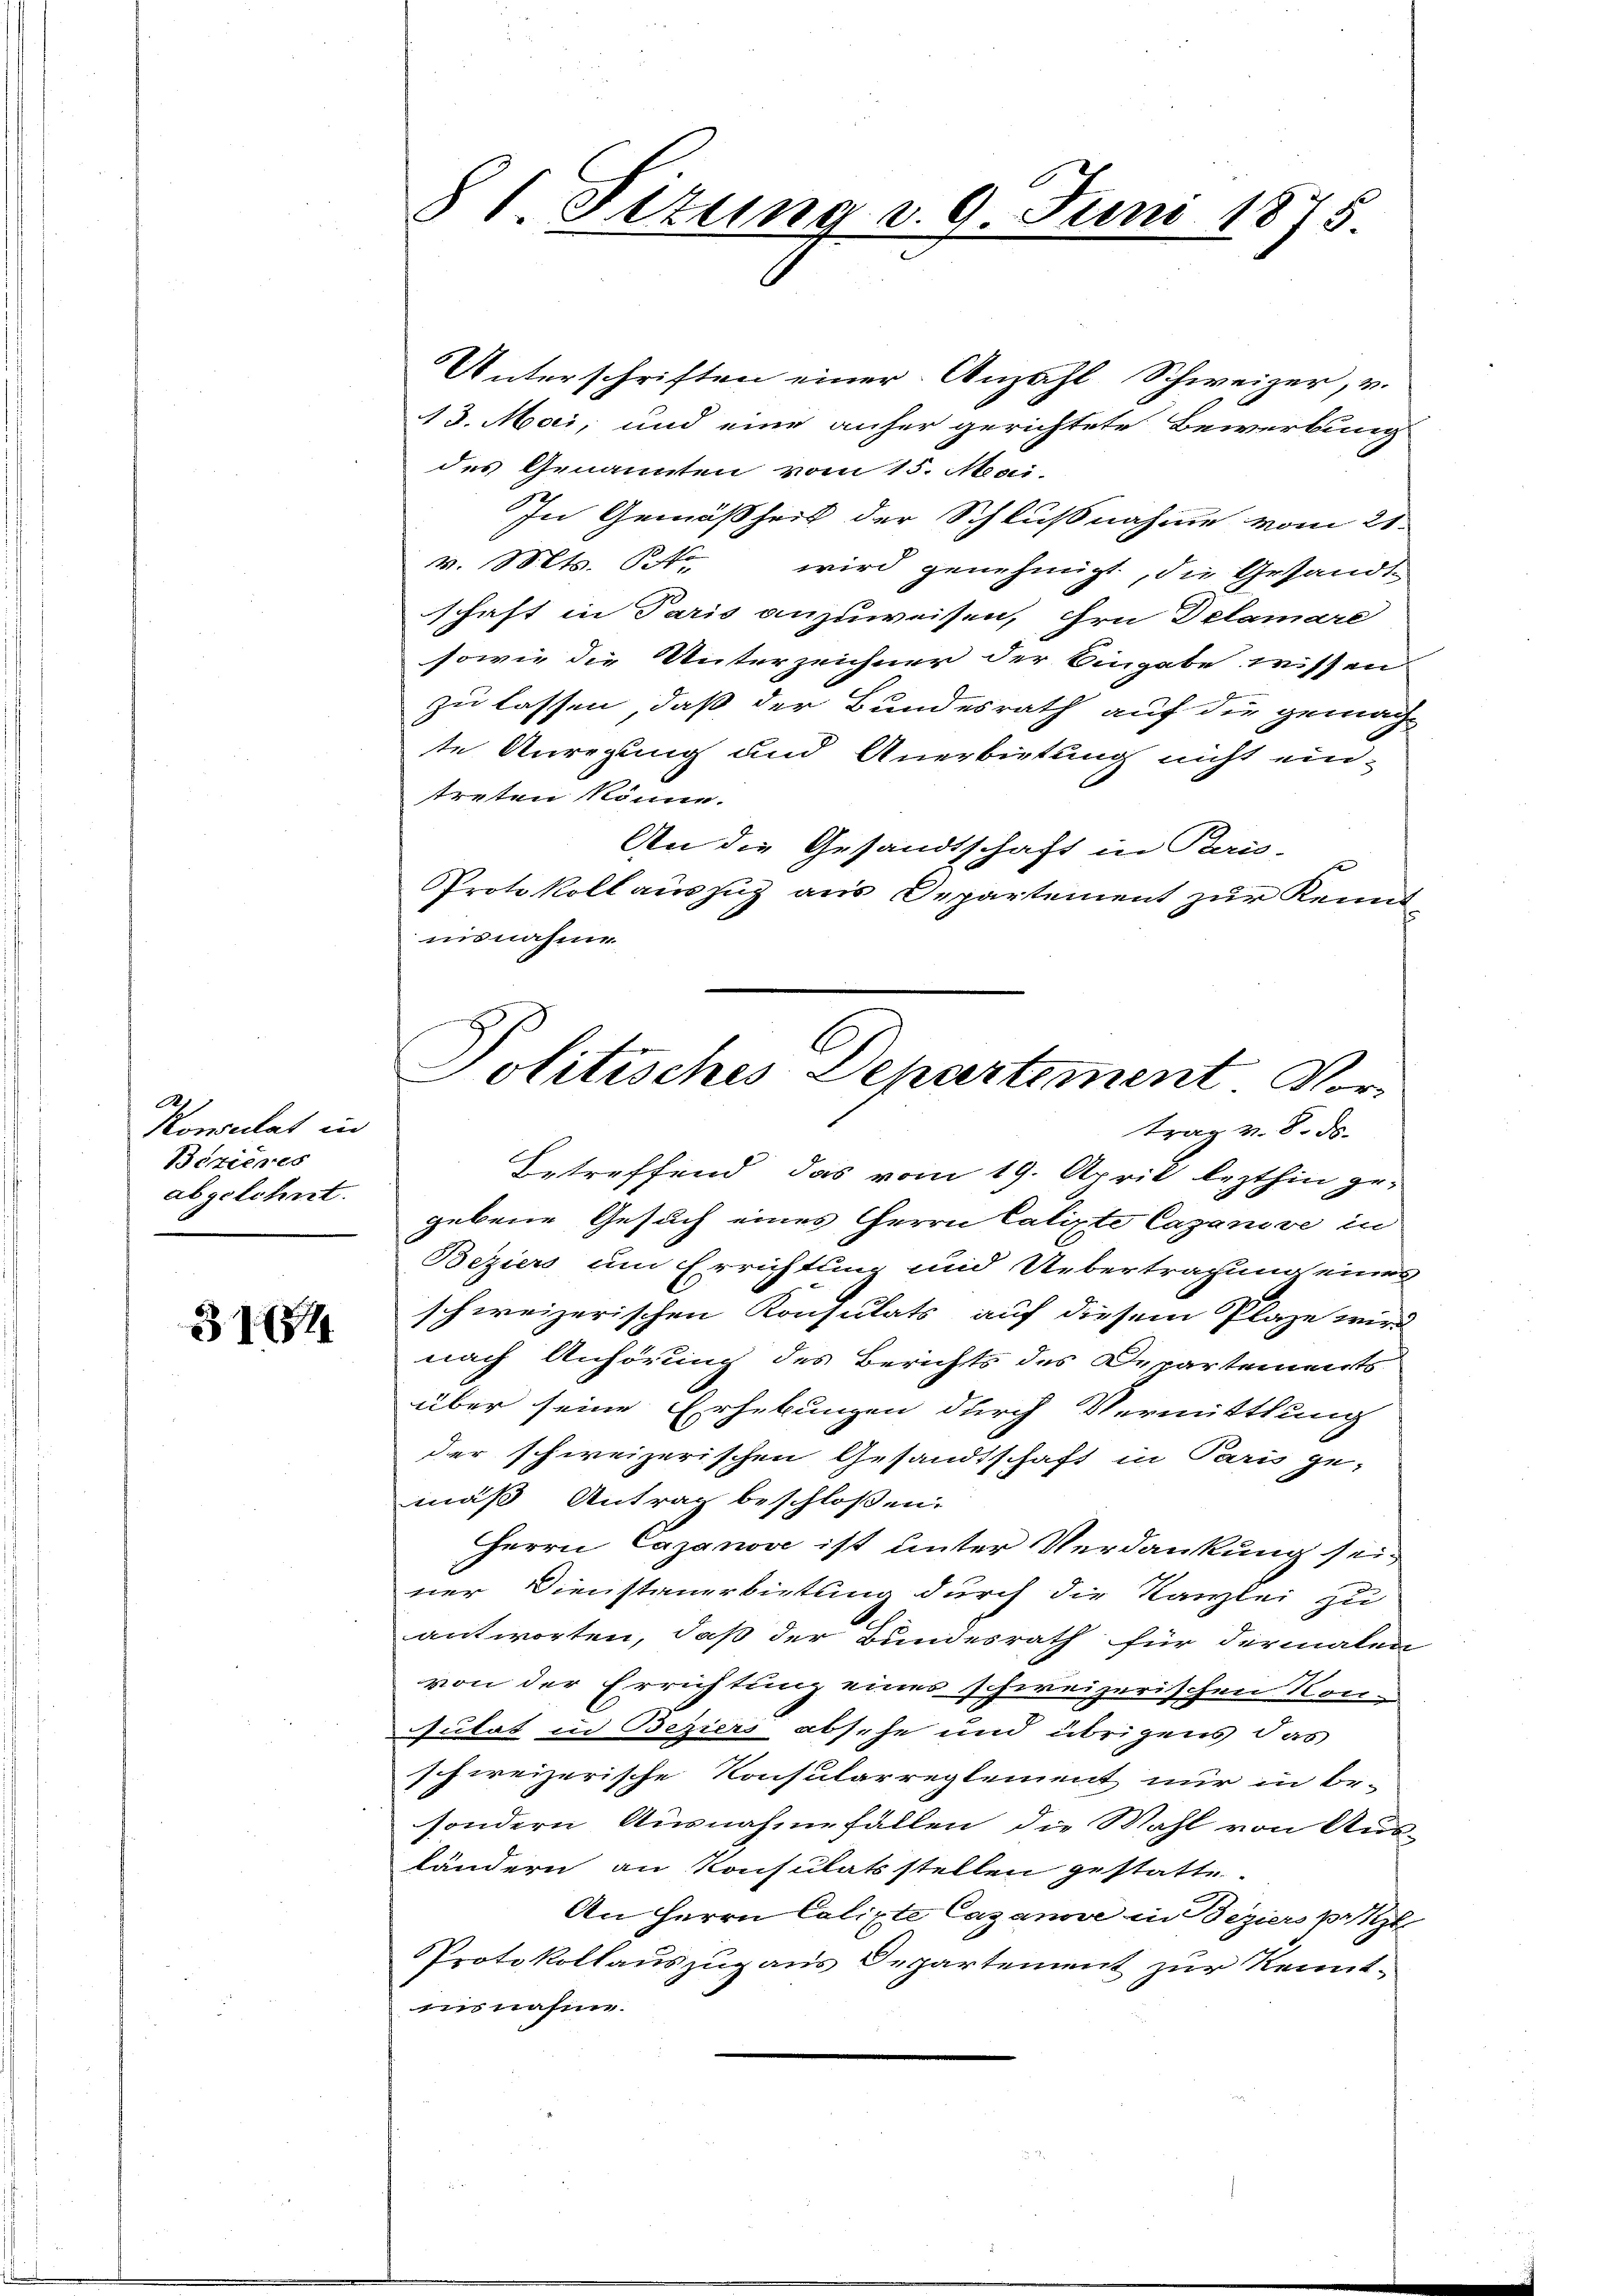
1
Konsulat in
Bekieses
abgelehnt.

31

§ 1. Setung d. 9. Juni 1875

Unterschriften einer Anzahl Schweizer, v.
13. Mai, und eine anher gerichtete Bewerbung
des Genannten vom 15. Mai.
In Gemäßheit der Schlußnahme vom 21.
v. Mts. Petr. wird genehmigt, die Gesandt
schaft in Paris anzuweisen, irn Delamare
sowie die Unterzeichner der Eingabe wissen
zu lassen, daß der Bundesrath auf die gemach
te Anregung und Anerbietung nicht eintreten könne.
An die Gesandtschaft in Pris-
Protokoll auszug aus Departement zur Kenntisnahme

Politisches Departement Vortrag v. 8. ds.

Betreffend das vom 19. April lezthin ge-
gebene Gesuch eines Herrn Calixte Cazanive in
Beziers um Errichtung und Uebertragung eines
schweizerischen Konsulats auf diesem Plaze wird
nach Anhörung des Berichts des Departements
über seine Erhebungen durch Vermittlung
der schweizerischen Gesandtschaft in Paris ge-
mäß Antrag beschlossen:
Herrn Casanove ist unter Verdankung sei
ner Diensteuerbietung durch die Kanzlei zu
antworten, daß der Bundesrath für dermalen
von der Errichtung eines schweizerischen Kon-
Sutat in Beziers absehe und übrigens das
schweizerische Konsularreglement nur in be-
sondern Ausnahme fällen die Wahl von Ausländern an Konsulats stellen gestatte.
An Herrn Calixte Casanove in Beziers preizt
Protokollauszug aus Departement zur Kennt-
misnahm.